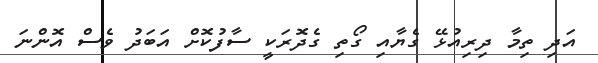
އަދި ތިމާ ދިރިއުޅޭ ގެޔާއި ގޯތި ގެދޮރަކީ ސާފުކޮށް އަބަދު ވެސް އޮންނަ